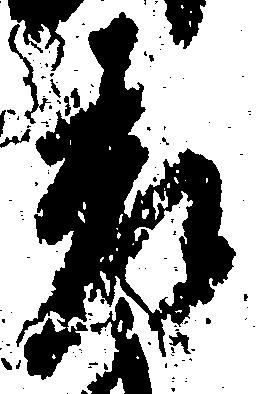
被